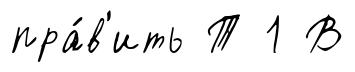
пра́в'ить Т 1 В